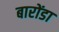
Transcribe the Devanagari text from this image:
बारोंडा